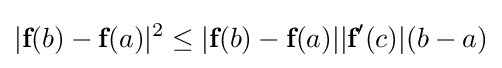
|{\textbf {f}}(b)-{\textbf {f}}(a)|^{2}\leq |{\textbf {f}}(b)-{\textbf {f}}(a)||{\textbf {f}}'(c)|(b-a)